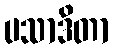
ပသာဒိတာ